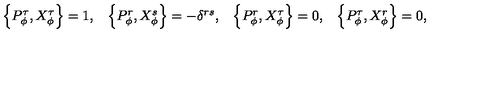
\begin{array} { c c c c } { \left\{ P _ { \phi } ^ { \tau } , X _ { \phi } ^ { \tau } \right\} = 1 , } & { \left\{ P _ { \phi } ^ { r } , X _ { \phi } ^ { s } \right\} = - \delta ^ { r s } , } & { \left\{ P _ { \phi } ^ { r } , X _ { \phi } ^ { \tau } \right\} = 0 , } & { \left\{ P _ { \phi } ^ { \tau } , X _ { \phi } ^ { r } \right\} = 0 , } \\ \end{array}